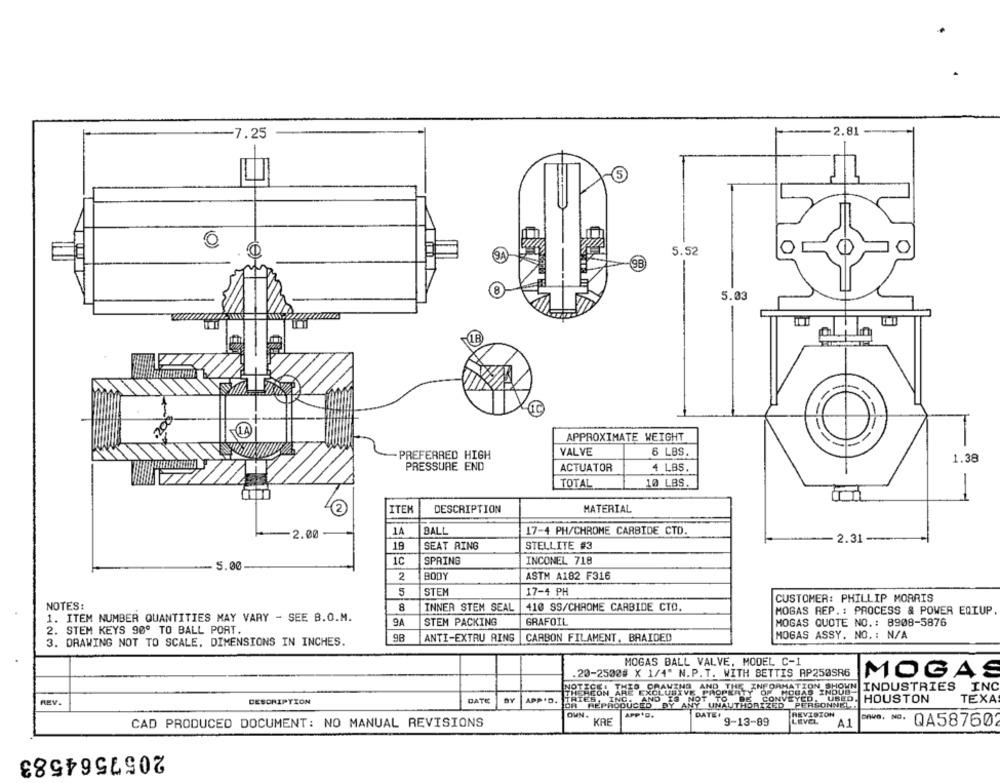
2.81 -
7.25
5.52
0
9A
9B
5.03
PL
LA
APPROXIMATE WEIGHT
PREFERRED HIGH
VALVE
6 LBS
1.38
PRESSURE END
ACTUATOR
4 LBS
TOTAL
10 LBS.
-
2
ITEM
DESCRIPTION
MATERIAL
2.00
1A
BALL
17-4 PH/CHROME CARBIDE CTD.
2.31 --
19
SEAT RING
STELLITE #3
5.00
1C
SPRING
INCONEL 718
2
BODY
ASTM A182 F316
5
STEM
17-4 PH
CUSTOMER: PHILLIP MORRIS
NOTES:
8
INNER STEM SEAL
410 SS/CHROME CARBIDE CTO.
MOGAS REP .: PROCESS & POWER EQIUP.
1. ITEM NUMBER QUANTITIES MAY VARY - SEE B.O.M.
9A
STEM PACKING
GRAFOIL
MOGAS QUOTE NO. : 8908-5876
2. STEM KEYS 90º TO BALL PORT.
MOGAS ASSY. NO. : N/A
3. DRAWING NOT TO SCALE, DIMENSIONS IN INCHES.
ANTI-EXTRU AINS
CARBON FILAMENT. BRAIDED
MOGAS BALL VALVE. MODEL C-1
.20-2500# X 1/4" N.P.T. WITH BETTIS AP250SR6
MOGAS
NOTICE
AND THE EN
MATI
SHOWN INDUSTRIES
INC
THEREON ARE EXCLUDEVI
AND IS NOT
PROPERTY
AS INDUS
UBEO
REV
DESCRIPTION
DATE
APP.D.
TRIES, INC.
OR REPRODUCED BY
ANY UNAUTHORIZED PERSONNEL
CONVEYED.
HOUSTON
TEXA
OWN.
REVISION
App.D.
DATE
LEVEL
CAD PRODUCED DOCUMENT: NO MANUAL REVISIONS
KRE
9-13-89
A1
QA58760
2057564583